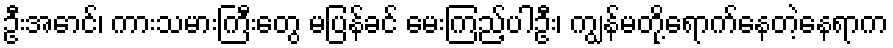
ဦးအောင်၊ ကားသမားကြီးတွေ မပြန်ခင် မေးကြည့်ပါဦး၊ ကျွန်မတို့ရောက်နေတဲ့နေရာက